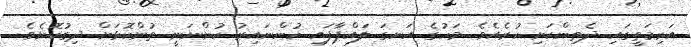
އަރިމަތީގައި ދެތިންކަށި ހުރެއެވެ. މަހުގެ އަނގަ ލައްޕާފައި ހުންނައިރު ހުންނަނީ ތުންކޮޅަށް ދިގުކޮށެވެ.